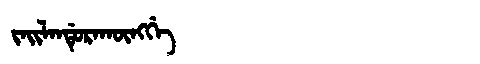
Manchu: ᠵᠠᡳᠯᠠᠨᡩᡠᡵᠠᡴᡡᠩᡤᡝ
Romanization: JAILANDURAKŪNGGE